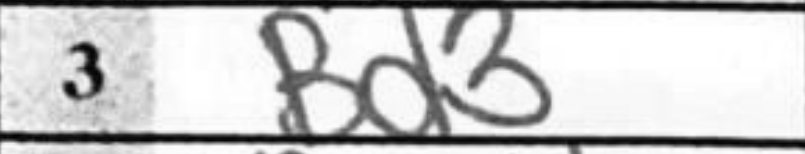
Transcription: B3